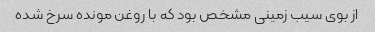
از بوی سیب زمینی مشخص بود که با روغن مونده سرخ شده